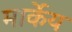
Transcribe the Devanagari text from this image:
मार्केय